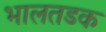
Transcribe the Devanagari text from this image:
भालतडक